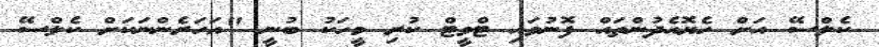
ކެލްސޭ އަށް ހެޔޮއެދުންތައް ފޮނުވައި ޓްވީޓް ކުރި މީހަކު ބުނީ "އަހަރެންނަކަށް ކެލްސޭ